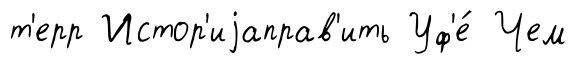
т'ерр Истор'иjаправ'ить Уф'е́ Чем